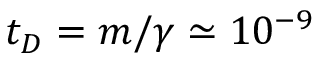
t _ { D } = m / \gamma \simeq 1 0 ^ { - 9 }